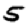
Digit: 5